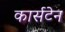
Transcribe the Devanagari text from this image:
कार्सटेन